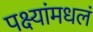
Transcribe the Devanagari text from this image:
पक्ष्यांमधलं